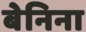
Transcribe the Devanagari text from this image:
बेनिना